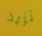
تزيد